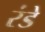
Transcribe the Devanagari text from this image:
रंडे